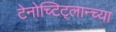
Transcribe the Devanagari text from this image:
टेनोच्टिट्लान्च्या